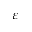
\varepsilon